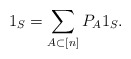
\begin{align*} 1_S = \sum_{A \subset [n]} P_A 1_S.\end{align*}